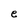
Character: e